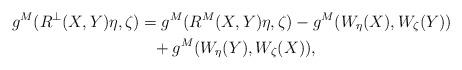
LaTeX: \begin{align*} g^M(R^\perp(X,Y)\eta,\zeta)&= g^M(R^M(X,Y)\eta,\zeta) - g^M(W_\eta(X),W_\zeta(Y))\\ &\phantom{= } +g^M(W_\eta(Y),W_\zeta(X)), \end{align*}